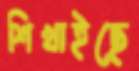
শিখাইছে